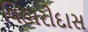
વિહારીદાસ